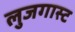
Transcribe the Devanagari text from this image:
लुजगास्ट